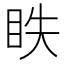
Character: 眣